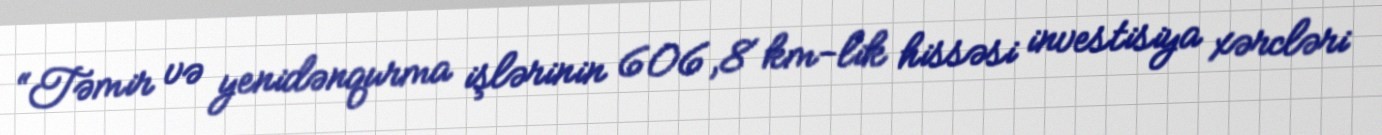
“Təmir və yenidənqurma işlərinin 606,8 km-lik hissəsi investisiya xərcləri